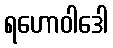
ရဟောဝါဒေါ